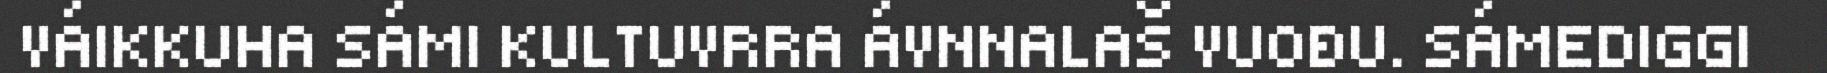
VÁIKKUHA SÁMI KULTUVRRA ÁVNNALAŠ VUOĐU. SÁMEDIGGI